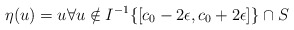
\begin{align*} \eta(u)=u \forall u \notin I^{-1}\{[c_0-2\epsilon,c_0+2\epsilon]\} \cap S\end{align*}